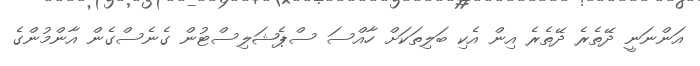
އަންނަނީ ދޭތެރެ ދޭތެރެ އިން އެކި ބަލިތަކަށް ހާއްސަ ސްޕެޝަލިސްޓުން ގެނެސްގެން އާންމުންގެ